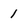
Character: 1